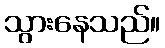
သွားနေသည်။